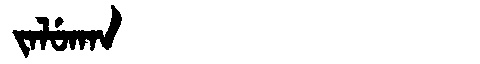
Manchu: ᠵᠠᠯᡠᡴᠠᠨ
Romanization: JALUKAN